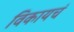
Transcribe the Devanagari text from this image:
विकायचं